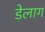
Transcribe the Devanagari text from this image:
डेलाग